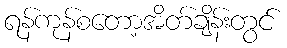
ရန်ကုန်စတော့အိတ်ချိန်းတွင်